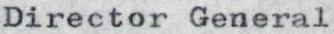
Director General